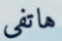
هاتفى